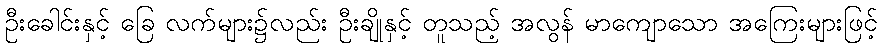
ဦးခေါင်းနှင့် ခြေ လက်များ၌လည်း ဦးချိုနှင့် တူသည့် အလွန် မာကျောသော အကြေးများဖြင့်